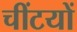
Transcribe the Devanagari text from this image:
चींटयों